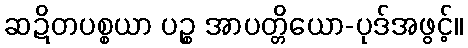
ဆဍိတပစ္စယာ ပဉ္စ အာပတ္တိယော-ပုဒ်အဖွင့်။